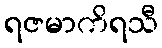
ရဇမာကိရသီ